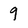
Character: 9